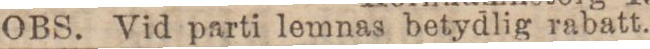
OBS. Vid parti lemnas betydlig rabatt.